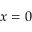
x = 0